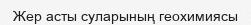
Жер асты суларының геохимиясы